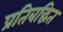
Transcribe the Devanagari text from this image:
प्रतिबद्धित